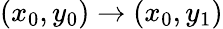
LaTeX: (x_{0},y_{0})\rightarrow(x_{0},y_{1})